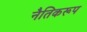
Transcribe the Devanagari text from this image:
नैतिकरूप